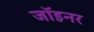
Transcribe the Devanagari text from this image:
जॉइनर